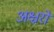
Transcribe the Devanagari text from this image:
अक्ष्ररों